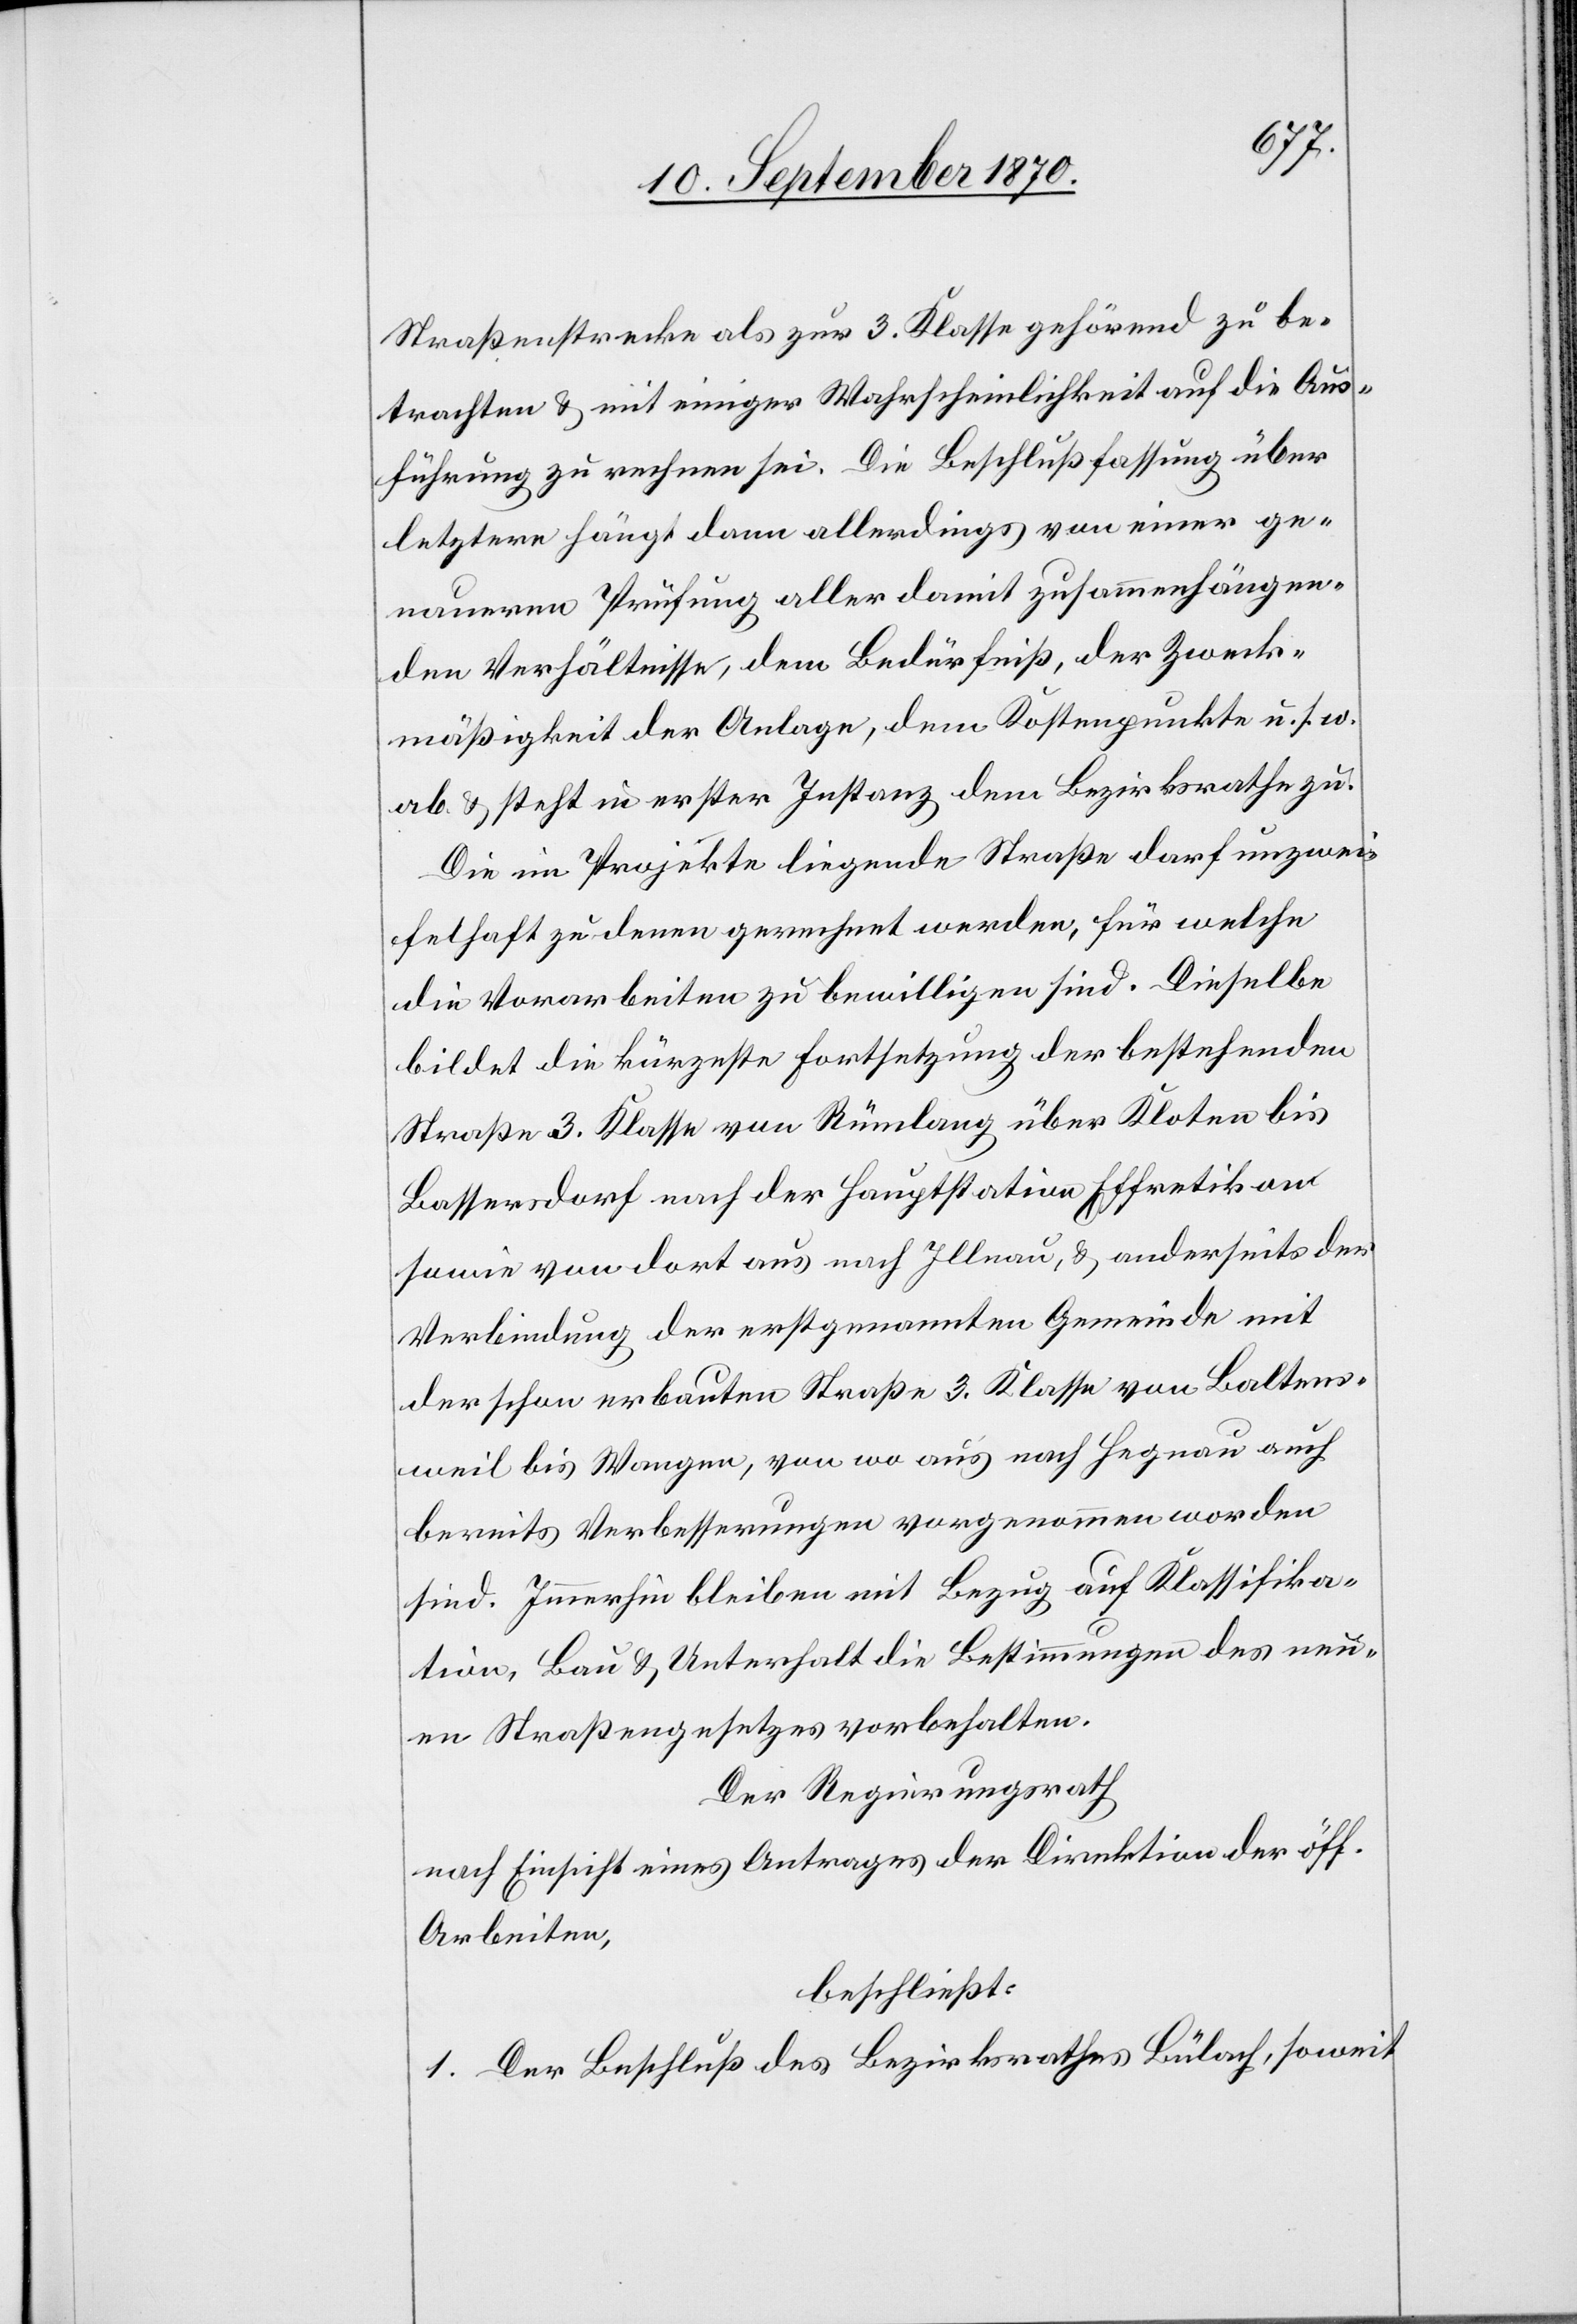
Straßenstrecke als zur 3. Klasse gehörend zu be¬
trachten & mit einiger Wahrscheinlichkeit auf die Aus¬
führung zu rechnen sei. Die Beschlußfassung über
letztere hängt dann allerdings von einer ge¬
naueren Prüfung aller damit zusammenhängen¬
den Verhältnisse, dem Bedürfnis, der Zweck¬
mäßigkeit der Anlage, dem Kostenpunkte u. s. w.
ab & steht in erster Instanz dem Bezirksrathe zu.
Die im Projekte liegende Straße darf unzwei¬
felhaft zu denen gerechnet werden, für welche
die Vorarbeiten zu bewilligen sind. Dieselbe
bildet die kürzeste Fortsetzung der bestehenden
Straße 3. Klasse von Rümlang über Kloten bis
Bassersdorf nach der Hauptstation Effretikon
sowie von dort aus nach Illnau, & anderseits der
Verbindung der erstgenannten Gemeinde mit
der schon erbauten Straße 3. Klasse von Baltens¬
weil bis Wangen, von wo aus nach Horgen auch
bereits Verbesserungen vorgenommen worden
sind. Immerhin bleiben mit Bezug auf die Klassifika¬
tion, Bau & Unterhalt die Bestimmungen des neu¬
en Straßengesetzes vorbehalten.
Der Regierungsrath
nach Einsicht eines Antrages der Direktion der öff.
Arbeiten,
Beschließt:
1. Der Beschluß des Bezirksrathes Bülach, soweit